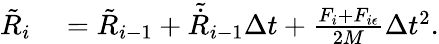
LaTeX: \begin{array}{rl}{\tilde{R}_{i}}&{{}=\tilde{R}_{i-1}+\tilde{\dot{R}}_{i-1}\Delta t+\frac{F_{i}+F_{i\epsilon}}{2M}\Delta t^{2}.}\end{array}